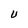
Character: U